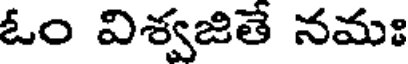
ఓం విశ్వజితే నమః